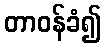
တာဝန်ခံ၍